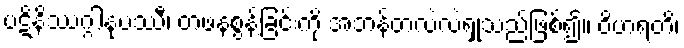
ပဋိနိဿဂ္ဂါနုပဿီ၊ တဖနစွန့်ခြင်းကို အဘန်တလဲလဲရှုသည်ဖြစ်၍။ ဝိဟရတိ၊